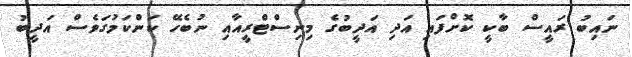
ނައިބު ރައީސް ބާކީ ކޮށްފައި އަދި އަދީބުގެ މިނިސްޓްރީއާއި ނުބެހޭ ކަންކަމުގަވެސް އަދީބު